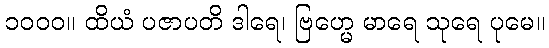
၁၀၀၀။ ထိယံ ပဇာပတိ ဒါရေ၊ ဗြဟ္မေ မာရေ သုရေ ပုမေ။